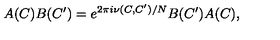
A ( C ) B ( C ^ { \prime } ) = e ^ { 2 \pi i \nu ( C , C ^ { \prime } ) / N } B ( C ^ { \prime } ) A ( C ) ,